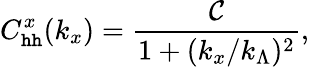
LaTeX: C_{\mathtt{h}\mathtt{h}}^{x}(k_{x})=\frac{{\mathcal{{C}}}}{{1+(k_{x}/k_{\Lambda})^{2}}},